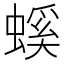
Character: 螇